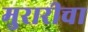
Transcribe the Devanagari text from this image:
मुरारीचा